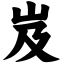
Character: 岌